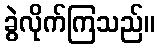
ခွဲလိုက်ကြသည်။